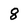
Character: 8